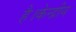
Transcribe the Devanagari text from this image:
है।केन्द्रीय